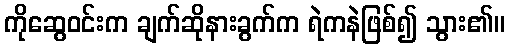
ကိုဆွေဝင်းက ချက်ဆိုနားခွက်က ရဲကနဲဖြစ်၍ သွား၏။